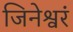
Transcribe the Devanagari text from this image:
जिनेश्वरं